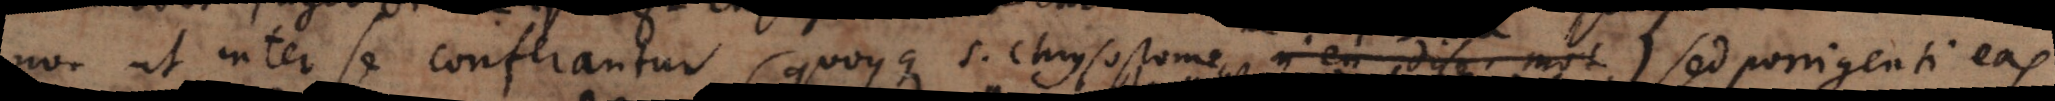
non est entre le conferantur (quoyque S. Chrysostome n’endise mots) sed ut porrigenti eas